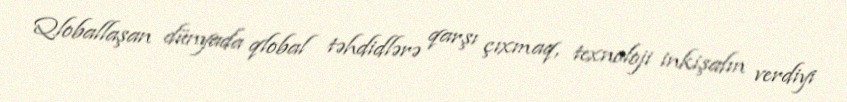
Qloballaşan dünyada qlobal təhdidlərə qarşı çıxmaq, texnoloji inkişafın verdiyi